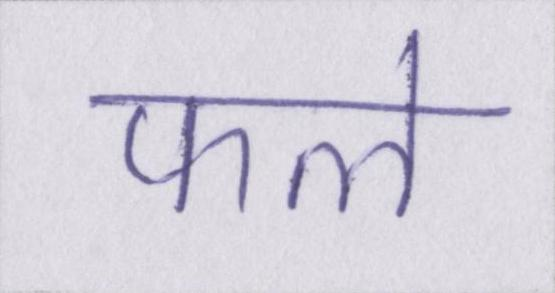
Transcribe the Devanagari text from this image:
फले